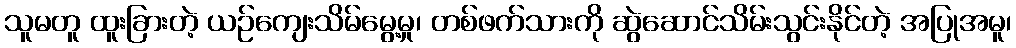
သူမတူ ထူးခြားတဲ့ ယဉ်ကျေးသိမ်မွေ့မှု၊ တစ်ဖက်သားကို ဆွဲဆောင်သိမ်းသွင်းနိုင်တဲ့ အပြုအမူ၊